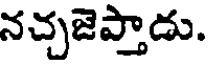
నచ్చజెప్తాడు.